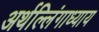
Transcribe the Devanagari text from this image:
अर्थल्लिंगाध्याय